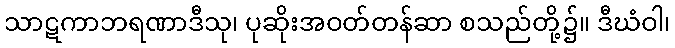
သာဋကာဘရဏာဒီသု၊ ပုဆိုးအဝတ်တန်ဆာ စသည်တို့၌။ ဒီဃံဝါ၊